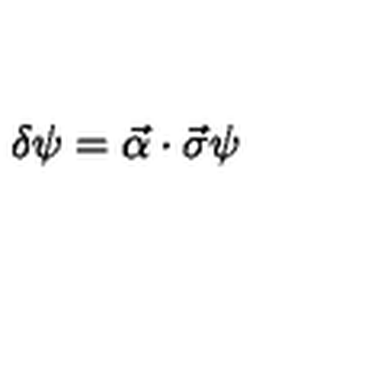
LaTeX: \delta \psi = \vec { \alpha } \cdot \vec { \sigma } \psi